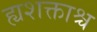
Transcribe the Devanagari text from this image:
ह्यशक्ताश्च